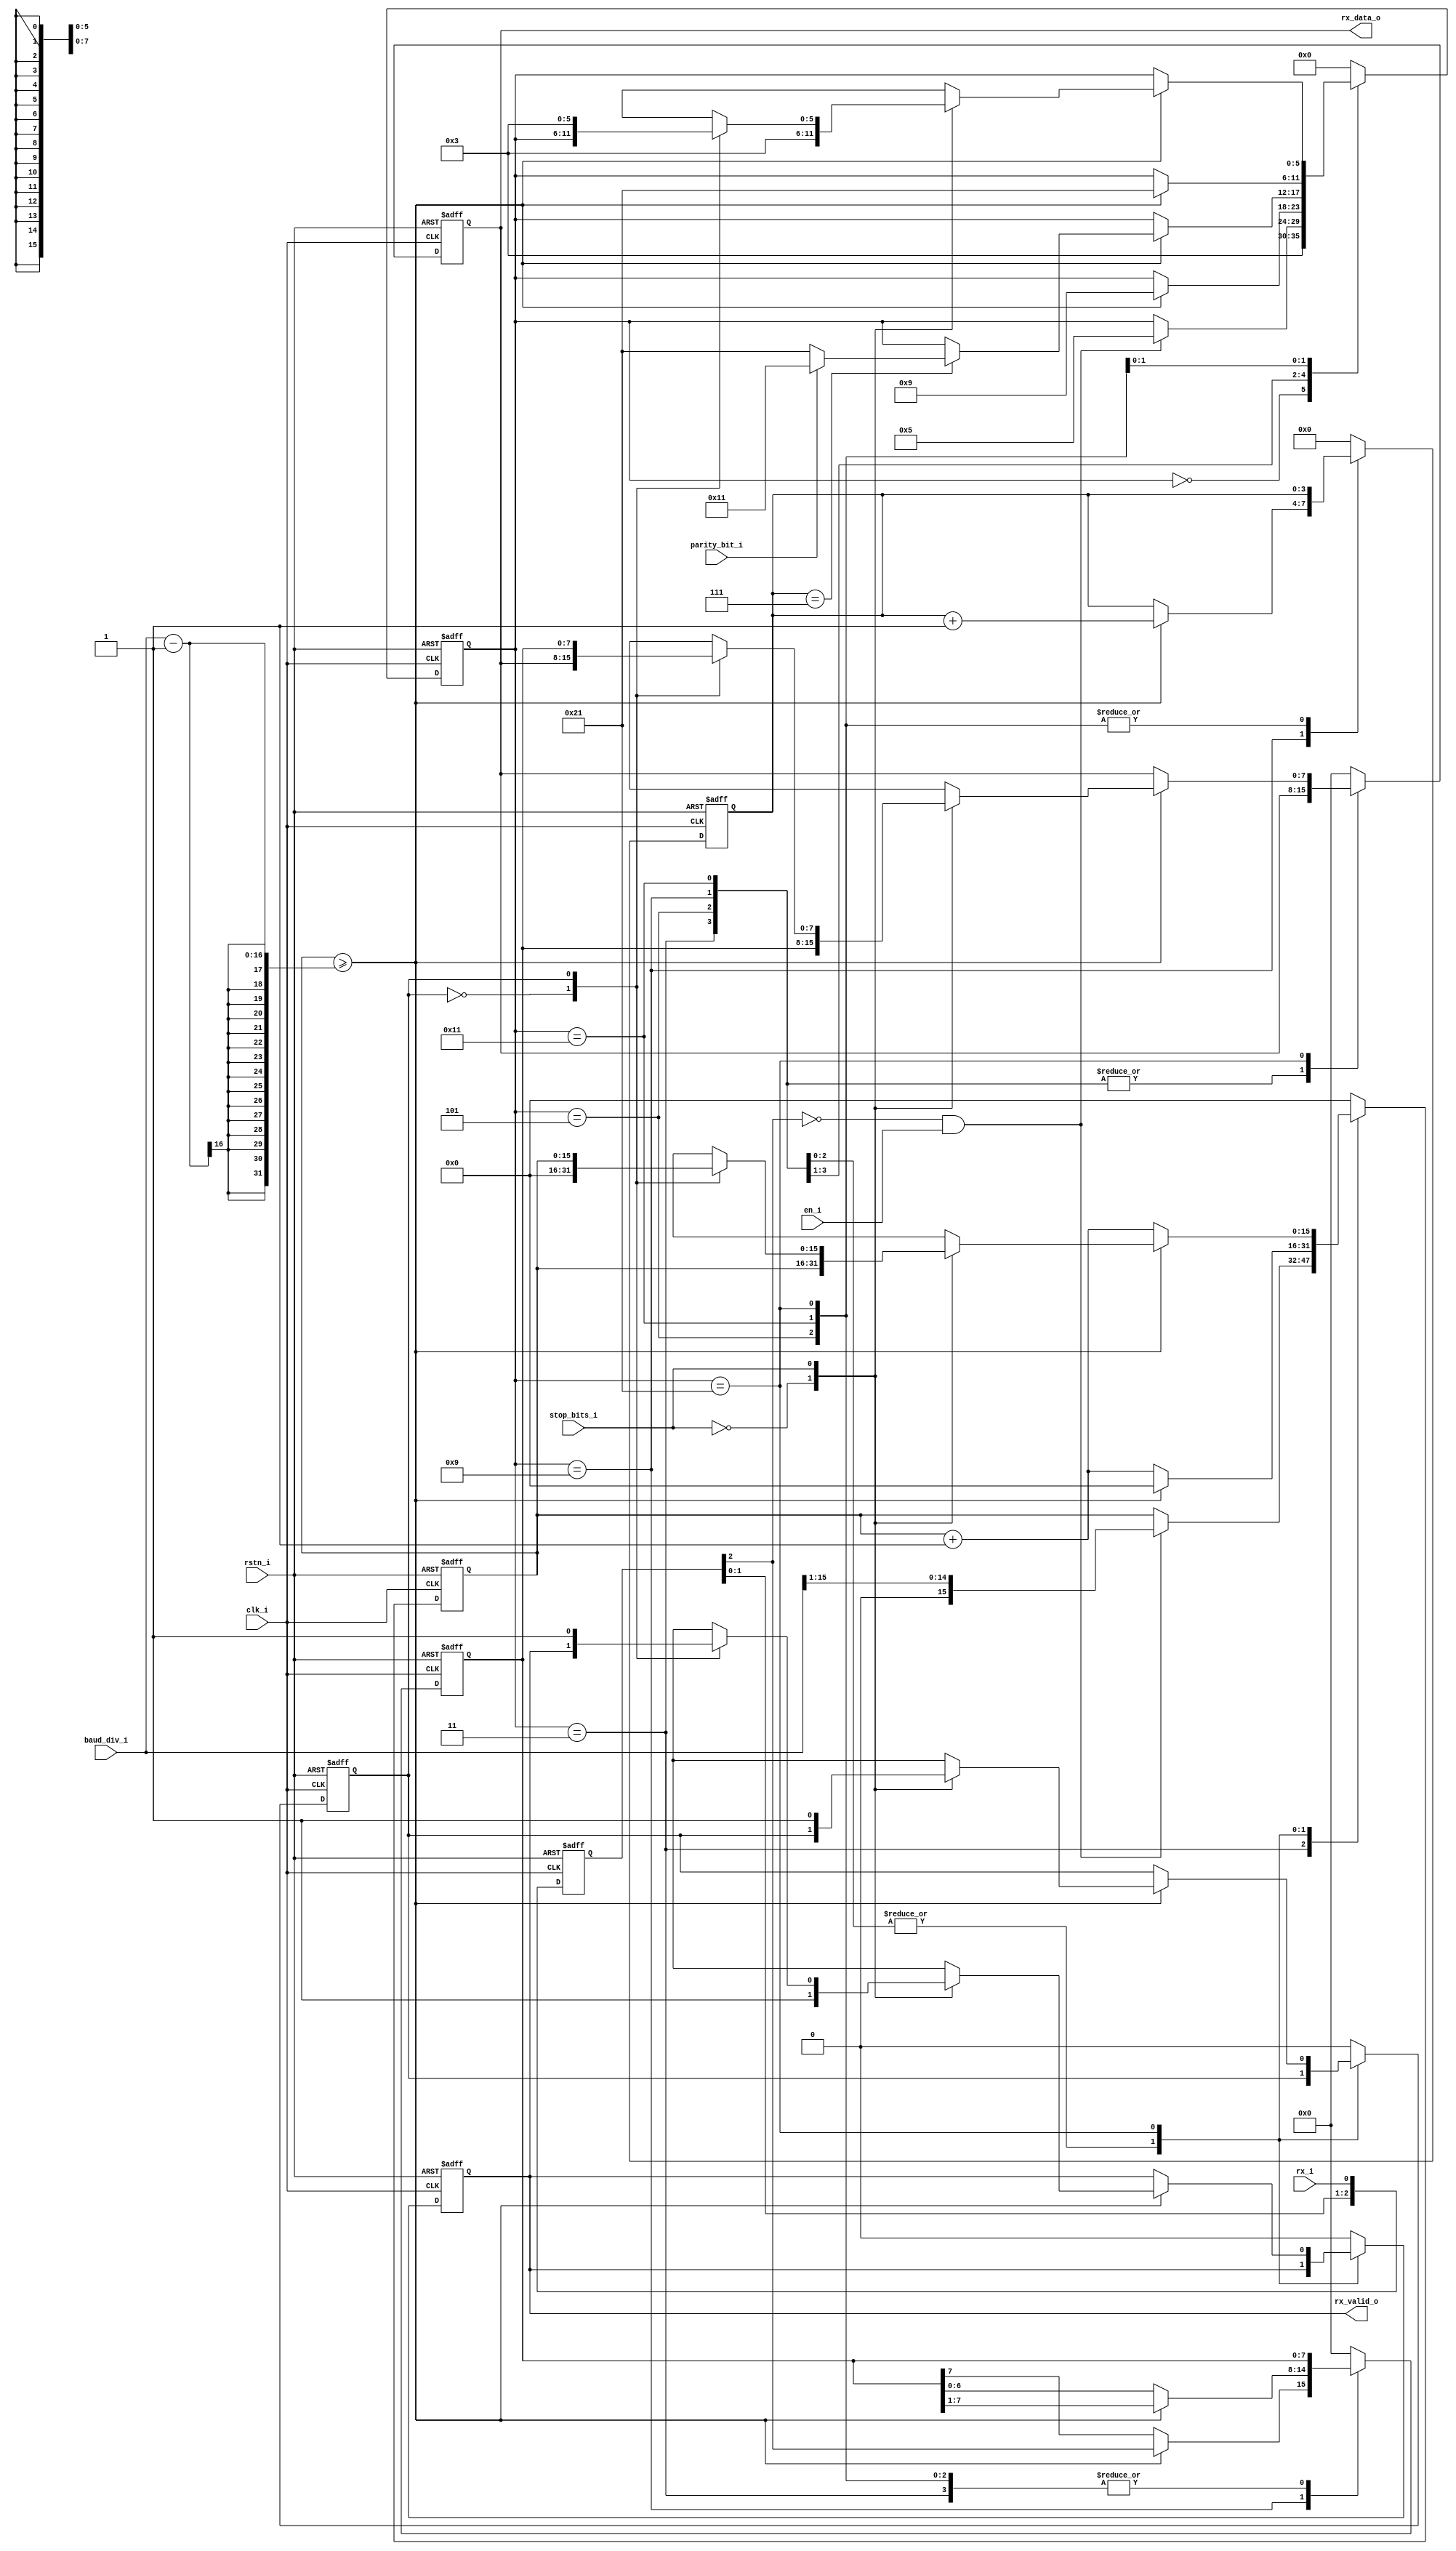
/* -----------------------------------------------------------------------------
 * Project        : AXI-lite UART IP Core
 * Description    : UART RX interface
 * Organization   : BSC; CIC-IPN
 * Author(s)      : Abraham J. Ruiz R. (aruiz) (https://github.com/m4j0rt0m)
 *                  Vatistas Kostalabros (vkostalamp)
 * Email(s)       : abraham.ruiz@bsc.es; abraham.j.ruiz.r@gmail.com
 *                  vatistas.kostalabros@bsc.es
 * References     :
 * ------------------------------------------------------------------------------
 * Revision History
 *  Revision   | Author      | Description
 *  1.0        | aruiz       | First IP version with Avalon-Bus interface
 *  2.0        | vkostalamp  | AXI-Bus porting and documentation
 *  2.1        | aruiz       | Code refactoring with asynchronous reset
 *  3.0        | aruiz       | Two clock domains integration, a fixed
 *             |             | clock and an axi-bus clock
 * -----------------------------------------------------------------------------*/

`default_nettype none

/*
Title: uart_receiver
FSM controlling the receiving of data bits from the external UART interface.
*/
module uart_receiver
# (
    parameter DIV_SIZE    = 16, // The size of the baudrate divisor
    parameter START_BIT   = 1,  // Number of start bits
    parameter DATA_UART   = 8,  // how many bits in each UART data packet
    parameter PARITY_BIT  = 1,  // Number of parity bits
    parameter STOP_BITS   = 1,  // Number of stop bits
    parameter DATA_SIZE   = START_BIT + DATA_UART + PARITY_BIT + STOP_BITS  // max data size
  )
(
  input   wire                  clk_i,        // clock
  input   wire                  rstn_i,       // reset
  input   wire                  en_i,         // uart enable
  input   wire                  stop_bits_i,  // uart stop bits <0=1bit>/<1=2bits>
  input   wire                  parity_bit_i, // uart parity bit enable
  input   wire  [DIV_SIZE-1:0]  baud_div_i,   // baudrate freq_div value
  input   wire                  rx_i,         // rx input
  output  wire  [DATA_UART-1:0] rx_data_o,    // rx data output
  output  wire                  rx_valid_o    // rx valid output
);

  /* regs and wires */
  reg   [DATA_UART-1:0] rx_data, rx_data_d;                   // rx data output
  reg                   rx_valid, rx_valid_d;                 // rx valid output
  reg   [DIV_SIZE-1:0]  counter_int, counter_int_d;           // sampling counter
  reg   [3:0]           bitcount_int, bitcount_int_d;         // sampling bit count
  reg   [2:0]           rx_trigger_int;                       // metastability rx tripple trigger latching
  reg   [DATA_UART-1:0] rx_data_int, rx_data_int_d;           // sampling rx data reg
  reg                   rx_stop_bits_int, rx_stop_bits_int_d; // checked first stop bit flag <0=false>/<1=true>

  /* fsm parameters */
  localparam  ResetState      = 6'b000000;  // reset state
  localparam  IdleState       = 6'b000011;  // waiting for incoming rx data
  localparam  StartBitState   = 6'b000101;  // receive start bit
  localparam  DataUartState   = 6'b001001;  // receive data bits
  localparam  ParityBitState  = 6'b010001;  // receive parity bit
  localparam  StopBitsState   = 6'b100001;  // receive stop bits
  reg [5:0] state, state_d;

  /*
    Always description:
     stable rx
     Regiters to stabilize the incoming received bits
  */
  always @ (posedge clk_i, negedge rstn_i) begin
    if(~rstn_i) begin
      rx_trigger_int      <= 3'b111;
    end else begin
      rx_trigger_int[0]   <= rx_i;
      rx_trigger_int[2:1] <= rx_trigger_int[1:0];
    end
  end
  wire rx = rx_trigger_int[2]; // rx bit

  /*
    Always description:
    The receiver FSM responsible to read the data packet from the external UART interface and sample it correctly 
  */
  // --- fsm: comb
  always @ (*) begin
    counter_int_d       = counter_int;
    bitcount_int_d      = bitcount_int;
    rx_data_int_d       = rx_data_int;
    rx_stop_bits_int_d  = rx_stop_bits_int;
    rx_data_d           = rx_data;
    rx_valid_d          = rx_valid;
    state_d             = state;
    case(state)
      ResetState: begin     // "reset" fsm state
        counter_int_d       = {DIV_SIZE{1'b0}};
        bitcount_int_d      = 4'b0;
        rx_data_int_d       = {DATA_UART{1'b0}};
        rx_stop_bits_int_d  = 1'b0;
        rx_data_d           = {DATA_UART{1'b0}};
        rx_valid_d          = 1'b0;
        state_d             = IdleState;
      end
      IdleState: begin      // "idle" fsm state
        if(~rx & en_i) begin  // uart enabled and incoming data (start bit)
          counter_int_d = baud_div_i>>1;  // freq_div / 2
          state_d       = StartBitState;  // go to receive start bit
        end
        bitcount_int_d      = 4'b0; // reset bitcount_int
        rx_valid_d          = 1'b0; // no rx_data_int valid
        rx_stop_bits_int_d  = 1'b0; // reset checked fist stop bit flag
      end
      StartBitState: begin  // "receive start bit" fsm state
        if(counter_int >= baud_div_i-1) begin // freq_div reached //How does this part work???
          counter_int_d = 0;
          state_d       = DataUartState;
        end
        else
          counter_int_d = counter_int + 1;
      end
      DataUartState: begin  // "receive data bits" fsm state
        if(counter_int >= (baud_div_i-1)) begin // freq_div reached
          rx_data_int_d[DATA_UART-1]    = rx;
          rx_data_int_d[DATA_UART-2:0]  = rx_data_int[DATA_UART-1:1];
          bitcount_int_d                = bitcount_int + 4'b1;
          counter_int_d                 = {DIV_SIZE{1'b0}};
          if(bitcount_int == DATA_UART-1) begin // finished receiving data
            if(parity_bit_i) begin
              state_d = ParityBitState;
            end else begin
              state_d = StopBitsState;
            end
          end
        end
        else
          counter_int_d = counter_int + 1;
      end
      ParityBitState: begin // "receive parity bit" fsm state
        if(counter_int >= baud_div_i-1) begin // freq_div reached
          counter_int_d = 0;
          state_d       = StopBitsState;
        end
        else
          counter_int_d = counter_int + 1;
      end
      StopBitsState: begin  // "receive stop bits" fsm state
        if(counter_int >= (baud_div_i-1)) begin // freq_div reached
          case(stop_bits_i)
            0: begin    // 1 stop bit required
              rx_data_d   = rx_data_int;
              rx_valid_d  = 1'b1;
              state_d     = IdleState;
            end
            1: begin    // 2 stop bits required
              case(rx_stop_bits_int)
                0: begin  // latch another stop bit
                  rx_stop_bits_int_d  = 1'b1;
                  counter_int_d       = {DIV_SIZE{1'b0}};
                end
                1: begin  // return to idle state
                  rx_data_d   = rx_data_int;
                  rx_valid_d  = 1'b1;
                  state_d     = IdleState;
                end
              endcase
            end
          endcase
        end
        else
          counter_int_d = counter_int + 1;
      end
      default: begin
        counter_int_d       = {DIV_SIZE{1'b0}};
        bitcount_int_d      = 4'b0;
        rx_data_int_d       = {DATA_UART{1'b0}};
        rx_stop_bits_int_d  = 1'b0;
        rx_data_d           = {DATA_UART{1'b0}};
        rx_valid_d          = 1'b0;
        state_d             = ResetState;
      end
    endcase
  end

  // --- fsm: seq
  always @ (posedge clk_i, negedge rstn_i) begin
    if(~rstn_i) begin
      counter_int       <= {DIV_SIZE{1'b0}};
      bitcount_int      <= 4'b0;
      rx_data_int       <= {DATA_UART{1'b0}};
      rx_stop_bits_int  <= 1'b0;
      rx_data           <= {DATA_UART{1'b0}};
      rx_valid          <= 1'b0;
      state             <= ResetState;
    end
    else begin
      counter_int       <= counter_int_d;
      bitcount_int      <= bitcount_int_d;
      rx_data_int       <= rx_data_int_d;
      rx_stop_bits_int  <= rx_stop_bits_int_d;
      rx_data           <= rx_data_d;
      rx_valid          <= rx_valid_d;
      state             <= state_d;
    end
  end

  /* output assignments */
  assign rx_data_o  = rx_data;
  assign rx_valid_o = rx_valid;

endmodule

`default_nettype wire